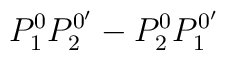
P_1^0P_2^{0^{\prime }}-P_2^0P_1^{0^{\prime }}